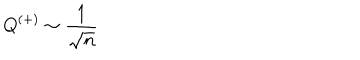
LaTeX: Q ^ { ( + ) } \sim \frac { 1 } { \sqrt { n } }